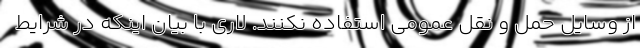
از وسایل حمل و نقل عمومی استفاده نکنند. لاری با بیان اینکه در شرایط